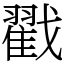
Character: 戳